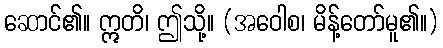
ဆောင်၏။ ဣတိ၊ ဤသို့။ (အဝေါစ၊ မိန့်တော်မူ၏။)